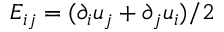
E _ { i j } = ( \partial _ { i } u _ { j } + \partial _ { j } u _ { i } ) / 2